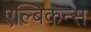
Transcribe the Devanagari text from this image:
एल्बिकन्स